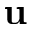
\mathbf { u }